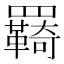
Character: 羇